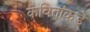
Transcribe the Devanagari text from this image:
कवितांकडे